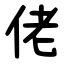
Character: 佬